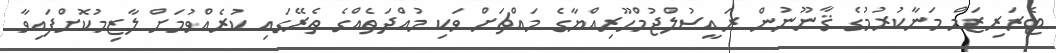
ޓެރަރިޒަމް މަނާކުރުމުގެ ޤާނޫނުން ރައީސުލްޖުމްހޫރިއްޔާގެ މައްޗަށް ވަކި މުއްދަތެއްގެ ތެރޭގައި ކުރެއްވުމަށް ލާޒިމުކޮށްފައިވާ